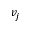
v _ { j }